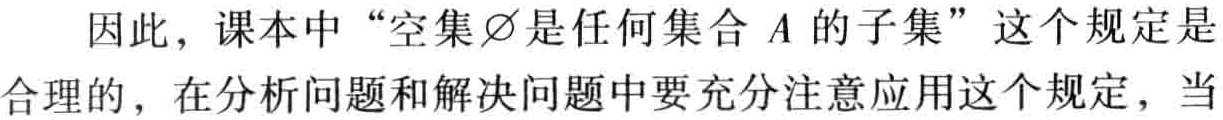
因此，课本中“空集$\varnothing$是任何集合$A$的子集”这个规定是合理的，在分析问题和解决问题中要充分注意应用这个规定，当